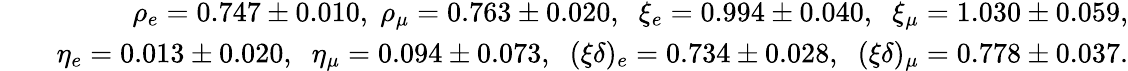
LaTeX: \begin{array}{rlr}&{}&{\rho_{e}=0.747\pm 0.010,\; \rho_{\mu}=0.763\pm 0.020,\; \; \xi_{e}=0.994\pm 0.040,\; \; \xi_{\mu}=1.030\pm 0.059,}\\ &{}&{\eta_{e}=0.013\pm 0.020,\; \; \eta_{\mu}=0.094\pm 0.073,\; \; (\xi\delta)_{e}=0.734\pm 0.028,\; \; (\xi\delta)_{\mu}=0.778\pm 0.037.}\end{array}